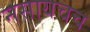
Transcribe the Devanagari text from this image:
नसायचच